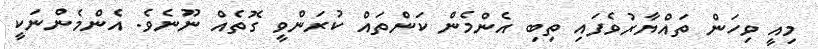
މިއީ ވިހަން ތައްޔާރުވެފައި ތިބި އެންމެން ކަންތައް ކުރަންވީ ގޮތެއް ނޫނެވެ. އެންމެންނަކީ